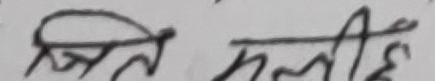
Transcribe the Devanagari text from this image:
जिते मलीहे